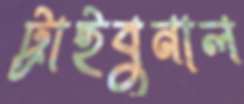
ট্রাইবুনাল